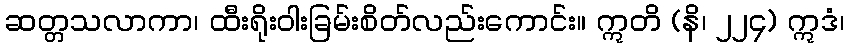
ဆတ္တသလာကာ၊ ထီးရိုးဝါးခြမ်းစိတ်လည်းကောင်း။ ဣတိ (နိ၊ ၂၂၄) ဣဒံ၊